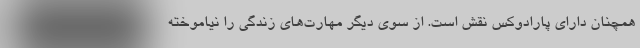
همچنان دارای پارادوکس نقش است. از سوی دیگر مهارت‌های زندگی را نیاموخته